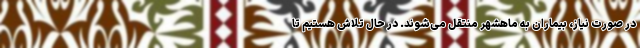
در صورت نیاز، بیماران به ماهشهر منتقل می‌شوند. در حال تلاش هستیم تا